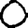
Digit: 0